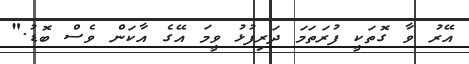
އޭރު ވާ ގޮތަކީ ފުރަތަމަ ދަރިފުޅު ވީމަ އޭގެ އާކަން ވެސް ބޮޑު."